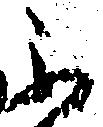
不